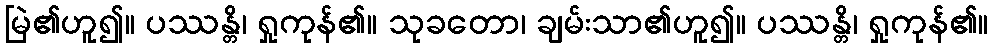
မြဲ၏ဟူ၍။ ပဿန္တိ၊ ရှုကုန်၏။ သုခတော၊ ချမ်းသာ၏ဟူ၍။ ပဿန္တိ၊ ရှုကုန်၏။